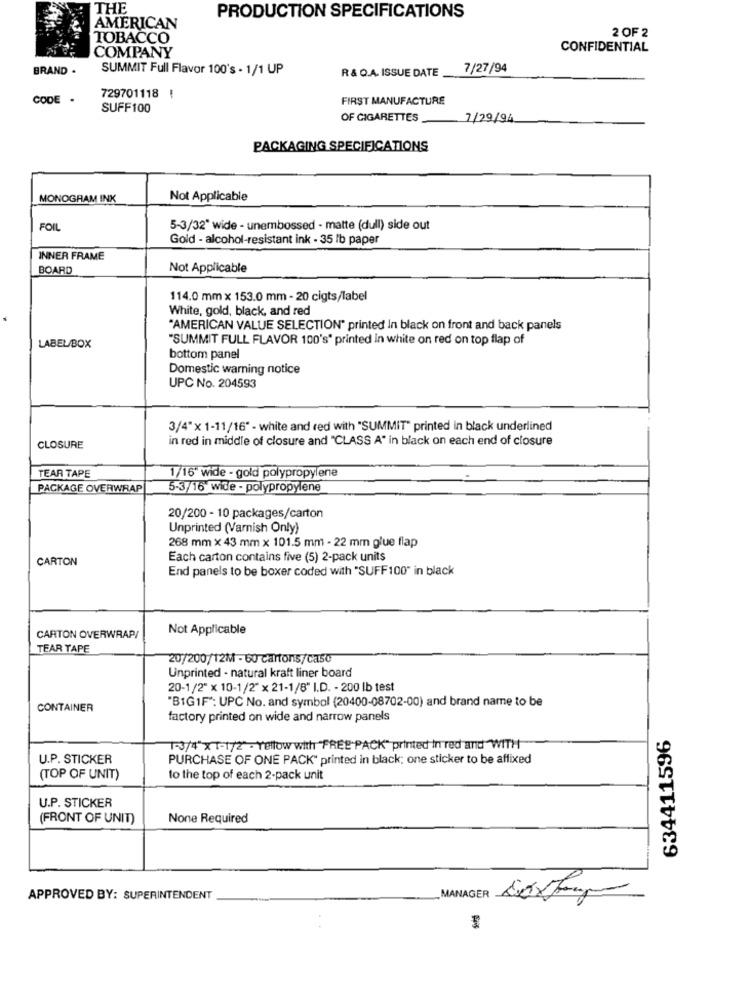
THE
PRODUCTION SPECIFICATIONS
AMERICAN
2 OF 2
TOBACCO
CONFIDENTIAL
COMPANY
BRAND .
SUMMIT Full Flavor 100's - 1/1 UP
R & Q.A. ISSUE DATE
7/27/94
CODE .
729701118 !
FIRST MANUFACTURE
SUFF100
OF CIGARETTES
-
7/29/94
PACKAGING SPECIFICATIONS
MONOGRAM INK
Not Applicable
FOIL
5-3/32" wide - unembossed - matte (dull) side out
Gold - alcohol-resistant ink - 35 lb paper
INNER FRAME
BOARD
Not Applicable
114.0 mm x 153.0 mm - 20 cigts/label
White, gold, black, and red
"AMERICAN VALUE SELECTION" printed In black on front and back panels
"SUMMIT FULL FLAVOR 100's" printed in white on red on top flap of
LABEL/BOX
bottom panel
Domestic warning notice
UPC No. 204593
3/4"x 1-11/16" - white and red with "SUMMIT" printed in black underlined
in red in middle of closure and "CLASS A" in black on each end of closure
CLOSURE
TEAR TAPE
1/16 wide - gold polypropylene
PACKAGE OVERWRAP
5-3/16 wide - polypropylene
20/200 - 10 packages/carton
Unprinted (Varnish Only)
268 mm × 43 mm x 101.5 mm - 22 mm glue flap
CARTON
Each carton contains five (5) 2-pack units
End panels to be boxer coded with "SUFF100" in black
Not Applicable
CARTON OVERWRAP/
TEAR TAPE
20/200/12M - 60 cartons/caso
Unprinted - natural kraft liner board
20-1/2" x 10-1/2" x 21-1/8" I.D. - 200 lb test
"BIG1F *: UPC No. and symbol (20400-08702-00) and brand name to be
CONTAINER
factory printed on wide and narrow panels
634411596
1-3/4"X1-1/2" - Yellow with "FREE-PACK" printed in red and"WITH
U.P. STICKER
PURCHASE OF ONE PACK" printed in black; one sticker to be affixed
(TOP OF UNIT)
to the top of each 2-pack unit
U.P. STICKER
(FRONT OF UNIT)
None Required
APPROVED BY: SUPERINTENDENT
MANAGER Dexter